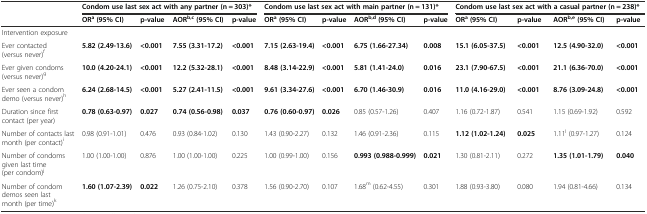
<table><thead><tr><td></td><td colspan="4"><b>Condom use last sex act with any partner (n = 303)*</b></td><td colspan="4"><b>Condom use last sex act with main partner (n = 131)*</b></td><td colspan="4"><b>Condom use last sex act with a casual partner (n = 238)*</b></td></tr><tr><td></td><td><b>OR<sup>a</sup>(95% CI)</b></td><td><b>p-value</b></td><td><b>AOR<sup>b,c</sup>(95% CI)</b></td><td><b>p-value</b></td><td><b>OR<sup>a</sup>(95% CI)</b></td><td><b>p-value</b></td><td><b>AOR<sup>b,d</sup>(95% CI)</b></td><td><b>p-value</b></td><td><b>OR<sup>a</sup>(95% CI)</b></td><td><b>p-value</b></td><td><b>AOR<sup>b,e</sup>(95% CI)</b></td><td><b>p-value</b></td></tr></thead><tbody><tr><td>Intervention exposure</td><td></td><td></td><td></td><td></td><td></td><td></td><td></td><td></td><td></td><td></td><td></td><td></td></tr><tr><td>Ever contacted (versus never)<sup>f</sup></td><td><b>5.82 (2.49-13.6)</b></td><td><b>&lt;0.001</b></td><td><b>7.55 (3.31-17.2)</b></td><td><b>&lt;0.001</b></td><td><b>7.15 (2.63-19.4)</b></td><td><b>&lt;0.001</b></td><td><b>6.75 (1.66-27.34)</b></td><td><b>0.008</b></td><td><b>15.1 (6.05-37.5)</b></td><td><b>&lt;0.001</b></td><td><b>12.5 (4.90-32.0)</b></td><td><b>&lt;0.001</b></td></tr><tr><td>Ever given condoms (versus never)<sup>g</sup></td><td><b>10.0 (4.20-24.1)</b></td><td><b>&lt;0.001</b></td><td><b>12.2 (5.32-28.1)</b></td><td><b>&lt;0.001</b></td><td><b>8.48 (3.14-22.9)</b></td><td><b>&lt;0.001</b></td><td><b>5.81 (1.41-24.0)</b></td><td><b>0.016</b></td><td><b>23.1 (7.90-67.5)</b></td><td><b>&lt;0.001</b></td><td><b>21.1 (6.36-70.0)</b></td><td><b>&lt;0.001</b></td></tr><tr><td>Ever seen a condom demo (versus never)<sup>h</sup></td><td><b>6.24 (2.68-14.5)</b></td><td><b>&lt;0.001</b></td><td><b>5.27 (2.41-11.5)</b></td><td><b>&lt;0.001</b></td><td><b>9.61 (3.34-27.6)</b></td><td><b>&lt;0.001</b></td><td><b>6.70 (1.46-30.9)</b></td><td><b>0.016</b></td><td><b>11.0 (4.16-29.0)</b></td><td><b>&lt;0.001</b></td><td><b>8.76 (3.09-24.8)</b></td><td><b>&lt;0.001</b></td></tr><tr><td>Duration since first contact (per year)</td><td><b>0.78 (0.63-0.97)</b></td><td><b>0.027</b></td><td><b>0.74 (0.56-0.98)</b></td><td><b>0.037</b></td><td><b>0.76 (0.60-0.97)</b></td><td><b>0.026</b></td><td>0.85 (0.57-1.26)</td><td>0.407</td><td>1.16 (0.72-1.87)</td><td>0.541</td><td>1.15 (0.69-1.92)</td><td>0.592</td></tr><tr><td>Number of contacts last month (per contact)<sup>i</sup></td><td>0.98 (0.91-1.01)</td><td>0.476</td><td>0.93 (0.84-1.02)</td><td>0.130</td><td>1.43 (0.90-2.27)</td><td>0.132</td><td>1.46 (0.91-2.36)</td><td>0.115</td><td><b>1.12 (1.02-1.24)</b></td><td><b>0.025</b></td><td>1.11<sup>l</sup> (0.97-1.27)</td><td>0.124</td></tr><tr><td>Number of condoms given last time (per condom)<sup>j</sup></td><td>1.00 (1.00-1.00)</td><td>0.876</td><td>1.00 (1.00-1.00)</td><td>0.225</td><td>1.00 (0.99-1.00)</td><td>0.156</td><td><b>0.993 (0.988-0.999)</b></td><td><b>0.021</b></td><td>1.30 (0.81-2.11)</td><td>0.272</td><td><b>1.35 (1.01-1.79)</b></td><td><b>0.040</b></td></tr><tr><td>Number of condom demos seen last month (per time)<sup>k</sup></td><td><b>1.60 (1.07-2.39)</b></td><td><b>0.022</b></td><td>1.26 (0.75-2.10)</td><td>0.378</td><td>1.56 (0.90-2.70)</td><td>0.107</td><td>1.68<sup>m</sup> (0.62-4.55)</td><td>0.301</td><td>1.88 (0.93-3.80)</td><td>0.080</td><td>1.94 (0.81-4.66)</td><td>0.134</td></tr></tbody></table>